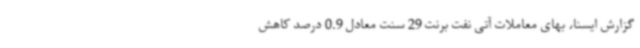
گزارش ایسنا، بهای معاملات آتی نفت برنت 29 سنت معادل 0.9 درصد کاهش